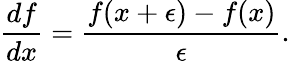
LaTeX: {\frac{df}{dx}}={\frac{f(x+\epsilon)-f(x)}{\epsilon}}.